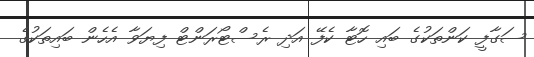
ސަގާފީ ކަންތަކުގެ ބައި ހޮޓާ ކެފޭ އަދި ރެސްޓޯރަންޓް ފިޔަވާ އެހެން ބައިތަކުގެ